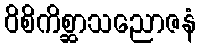
ဝိစိကိစ္ဆာသညောဇနံ